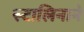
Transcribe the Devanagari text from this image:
स्टालिनाने